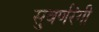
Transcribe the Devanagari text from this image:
सुवर्णरंगी